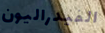
الفيدراليون